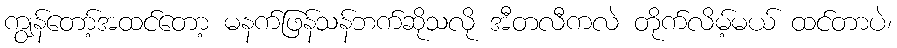
ကျွန်တော့်အထင်တော့ မနက်ဖြန်သန်ဘက်ဆိုသလို အီတလီကလဲ တိုက်လိမ့်မယ် ထင်တာပဲ၊